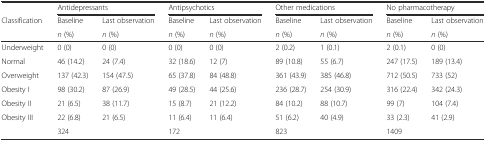
<table><thead><tr><td></td><td colspan="2"><b>Antidepressants</b></td><td colspan="2"><b>Antipsychotics</b></td><td colspan="2"><b>Other medications</b></td><td colspan="2"><b>No pharmacotherapy</b></td></tr><tr><td><b>Classification</b></td><td><b>Baseline</b></td><td><b>Last observation</b></td><td><b>Baseline</b></td><td><b>Last observation</b></td><td><b>Baseline</b></td><td><b>Last observation</b></td><td><b>Baseline</b></td><td><b>Last observation</b></td></tr><tr><td></td><td><b><i>n</i> (%)</b></td><td><b><i>n</i> (%)</b></td><td><b><i>n</i> (%)</b></td><td><b><i>n</i> (%)</b></td><td><b><i>n</i> (%)</b></td><td><b><i>n</i> (%)</b></td><td><b><i>n</i> (%)</b></td><td><b><i>n</i> (%)</b></td></tr></thead><tbody><tr><td>Underweight</td><td>0 (0)</td><td>0 (0)</td><td>0 (0)</td><td>0 (0)</td><td>2 (0.2)</td><td>1 (0.1)</td><td>2 (0.1)</td><td>0 (0)</td></tr><tr><td>Normal</td><td>46 (14.2)</td><td>24 (7.4)</td><td>32 (18.6)</td><td>12 (7)</td><td>89 (10.8)</td><td>55 (6.7)</td><td>247 (17.5)</td><td>189 (13.4)</td></tr><tr><td>Overweight</td><td>137 (42.3)</td><td>154 (47.5)</td><td>65 (37.8)</td><td>84 (48.8)</td><td>361 (43.9)</td><td>385 (46.8)</td><td>712 (50.5)</td><td>733 (52)</td></tr><tr><td>Obesity I</td><td>98 (30.2)</td><td>87 (26.9)</td><td>49 (28.5)</td><td>44 (25.6)</td><td>236 (28.7)</td><td>254 (30.9)</td><td>316 (22.4)</td><td>342 (24.3)</td></tr><tr><td>Obesity II</td><td>21 (6.5)</td><td>38 (11.7)</td><td>15 (8.7)</td><td>21 (12.2)</td><td>84 (10.2)</td><td>88 (10.7)</td><td>99 (7)</td><td>104 (7.4)</td></tr><tr><td>Obesity III</td><td>22 (6.8)</td><td>21 (6.5)</td><td>11 (6.4)</td><td>11 (6.4)</td><td>51 (6.2)</td><td>40 (4.9)</td><td>33 (2.3)</td><td>41 (2.9)</td></tr><tr><td></td><td colspan="2">324</td><td colspan="2">172</td><td colspan="2">823</td><td colspan="2">1409</td></tr></tbody></table>